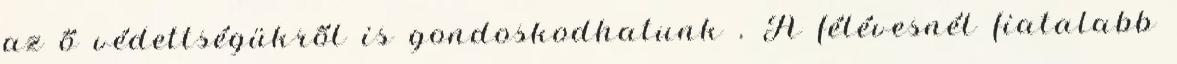
az ő védettségükről is gondoskodhatunk . A félévesnél fiatalabb